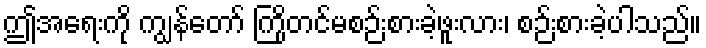
ဤအရေးကို ကျွန်တော် ကြိုတင်မစဉ်းစားခဲ့ဖူးလား၊ စဉ်းစားခဲ့ပါသည်။